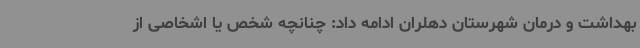
بهداشت و درمان شهرستان دهلران ادامه داد: چنانچه شخص یا اشخاصی از